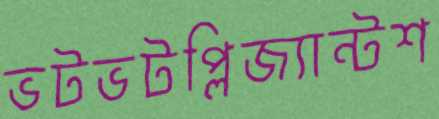
ভটভটপ্লিজ্যান্টশ